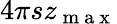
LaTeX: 4\pi sz_{\mathrm{~m~a~x~}}